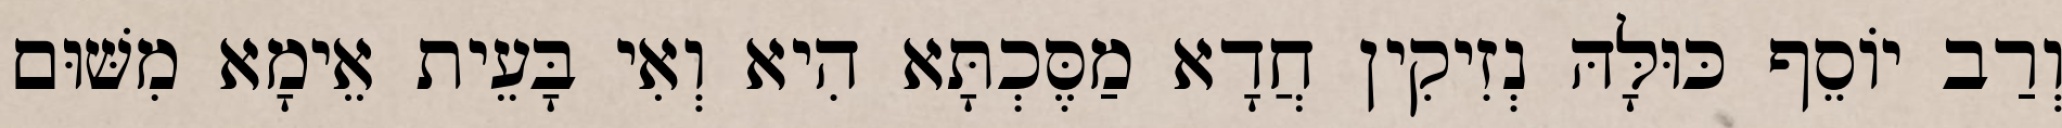
וְרַב יוֹסֵף כּוּלָּהּ נְזִיקִין חֲדָא מַסֶּכְתָּא הִיא וְאִי בָּעֵית אֵימָא מִשּׁוּם